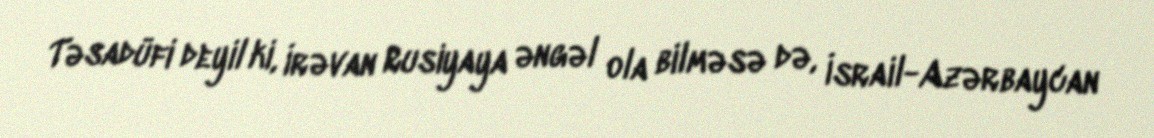
Təsadüfi deyil ki, İrəvan Rusiyaya əngəl ola bilməsə də, İsrail-Azərbaycan